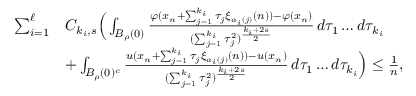
\begin{array} { r l } { \sum _ { i = 1 } ^ { \ell } } & { C _ { k _ { i } , s } \Big ( \int _ { B _ { \rho } ( 0 ) } \frac { \varphi ( x _ { n } + \sum _ { j = 1 } ^ { k _ { i } } \tau _ { j } \xi _ { a _ { i } ( j ) } ( n ) ) - \varphi ( x _ { n } ) } { ( \sum _ { j = 1 } ^ { k _ { i } } \tau _ { j } ^ { 2 } ) ^ { \frac { k _ { i } + 2 s } { 2 } } } \, d \tau _ { 1 } \dots d \tau _ { k _ { i } } } \\ & { + \int _ { B _ { \rho } ( 0 ) ^ { c } } \frac { u ( x _ { n } + \sum _ { j = 1 } ^ { k _ { i } } \tau _ { j } \xi _ { a _ { i } ( j ) } ( n ) ) - u ( x _ { n } ) } { ( \sum _ { j = 1 } ^ { k _ { i } } \tau _ { j } ^ { 2 } ) ^ { \frac { k _ { i } + 2 s } { 2 } } } \, d \tau _ { 1 } \dots d \tau _ { k _ { i } } \Big ) \le \frac 1 n , } \end{array}